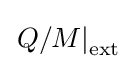
\left.Q/M\right|_{\text{ext}}